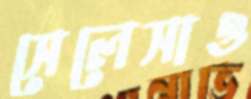
সেলেসাও